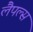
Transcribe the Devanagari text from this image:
लैपल्स